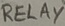
Text: RELAY